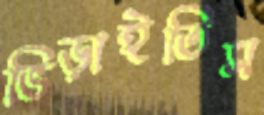
ভিড়াইতিস